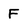
Character: f